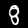
Digit: 8